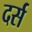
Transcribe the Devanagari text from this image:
दर्स